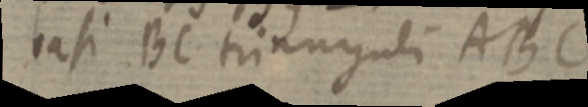
basi BC trianuguli ABC